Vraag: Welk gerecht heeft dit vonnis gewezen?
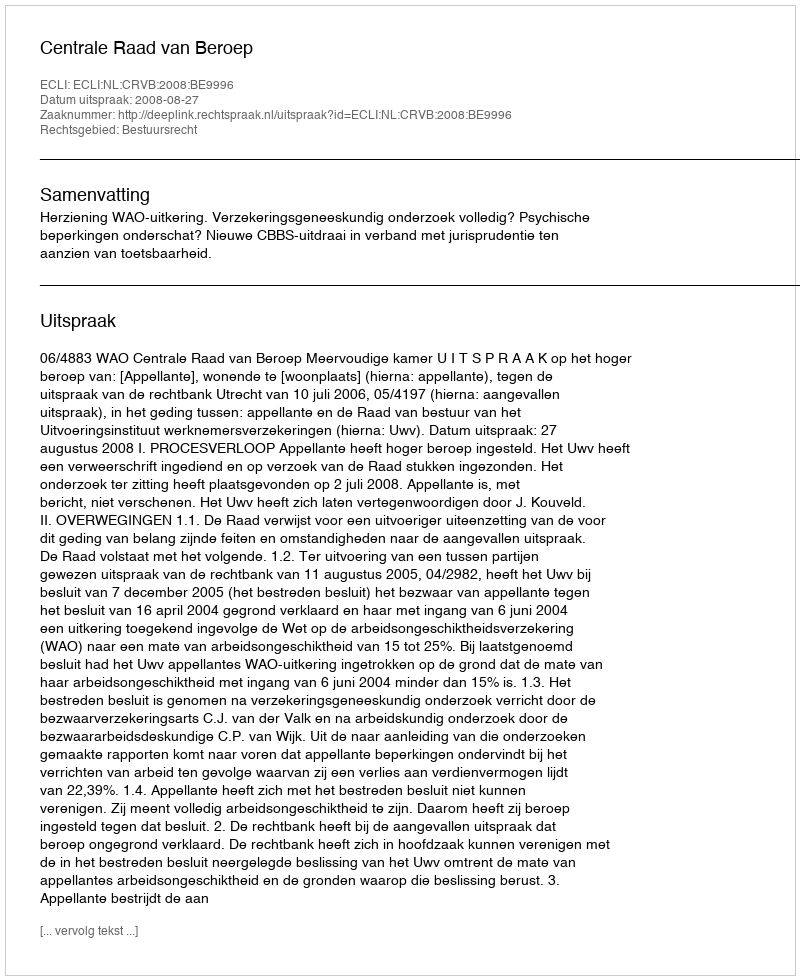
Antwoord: Centrale Raad van Beroep